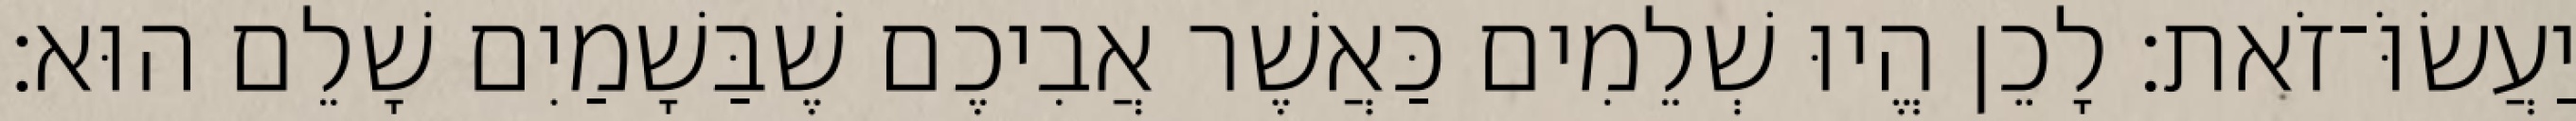
יַעֲשׂוֹּ־זֹאת׃ לָכֵן הֱיוּ שְׁלֵמִים כַּאֲשֶׁר אֲבִיכֶם שֶׁבַּשָׁמַיִם שָׁלֵם הוּא׃